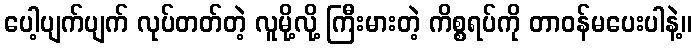
ပေါ့ပျက်ပျက် လုပ်တတ်တဲ့ လူမို့လို့ ကြီးမားတဲ့ ကိစ္စရပ်ကို တာဝန်မပေးပါနဲ့။